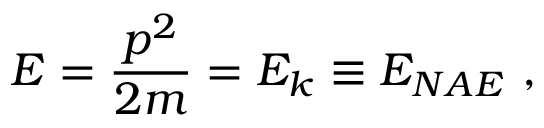
E = \frac { p ^ { 2 } } { 2 m } = E _ { k } \equiv E _ { N A E } \ ,